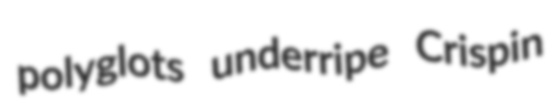
polyglots underripe Crispin